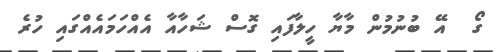
ގޯ  އޭ ބުނުމުން މާޔާ ހީލާފައި ގޮސް ޝަހާއާ އެއްހަމައެއްގައި ހުރެ